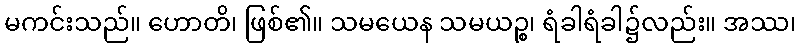
မကင်းသည်။ ဟောတိ၊ ဖြစ်၏။ သမယေန သမယဉ္စ၊ ရံခါရံခါ၌လည်း။ အဿ၊